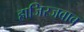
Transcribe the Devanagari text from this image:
हाजिरजवाब